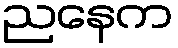
ညနေက